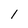
Character: l